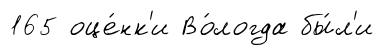
165 оце́нк'и Во́логда бы́л'и